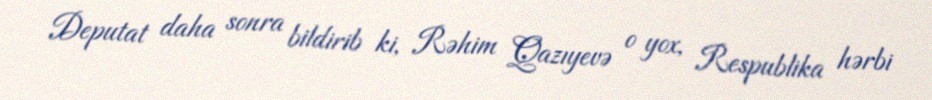
Deputat daha sonra bildirib ki, Rəhim Qazıyevə o yox, Respublika hərbi